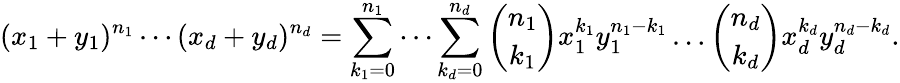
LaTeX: (x_{1}+y_{1})^{n_{1}}\dotsm(x_{d}+y_{d})^{n_{d}}=\sum_{k_{1}=0}^{n_{1}}\dotsm\sum_{k_{d}=0}^{n_{d}}{\binom{n_{1}}{k_{1}}}x_{1}^{k_{1}}y_{1}^{n_{1}-k_{1}}\dotsc{\binom{n_{d}}{k_{d}}}x_{d}^{k_{d}}y_{d}^{n_{d}-k_{d}}.